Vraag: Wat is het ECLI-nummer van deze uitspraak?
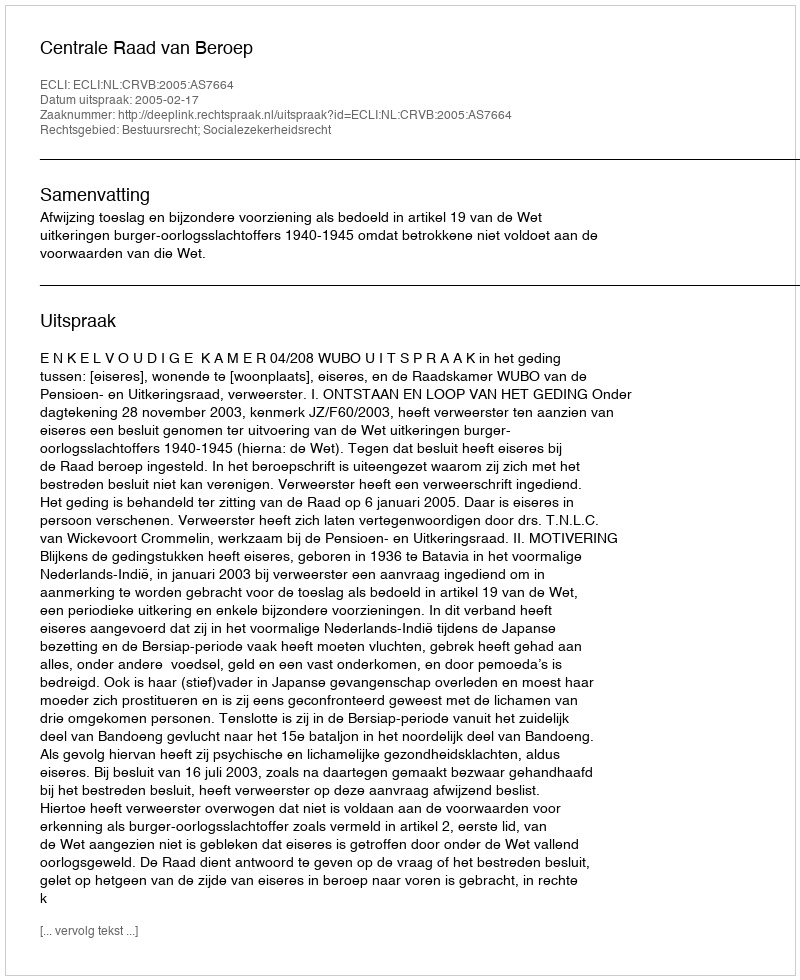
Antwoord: ECLI:NL:CRVB:2005:AS7664